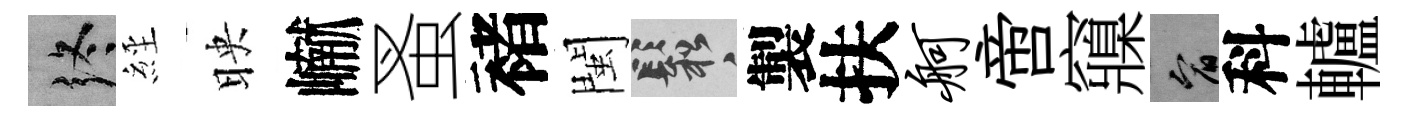
终𦀇映𪩘蚤褚閩鬆製扶舸啻䆿宥科轤